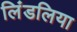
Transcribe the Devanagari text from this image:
लिंडलिया